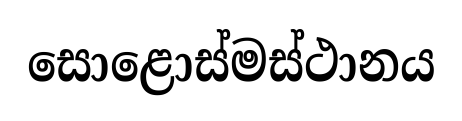
සොළොස්මස්ථානය